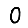
Digit: 0